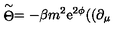
\stackrel { \sim } { \Theta } = - \beta m ^ { 2 } \mathrm { e } ^ { 2 \phi } ( ( \partial _ { \mu }